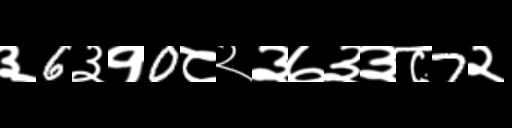
Text: ३6३१0८२३७३३८7२